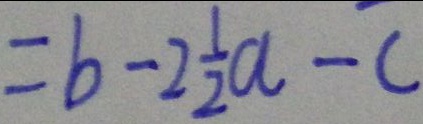
= b - 2 \frac { 1 } { 2 } a - c